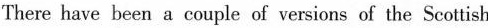
There have been a couple of versions of the Seottish